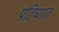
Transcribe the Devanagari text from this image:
प्रतिष्णात